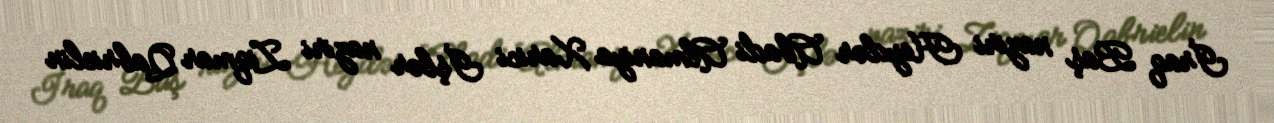
İraq Baş naziri Heydər Abadi Almaniya Xarici İşlər naziri Ziqmar Qabrielin